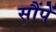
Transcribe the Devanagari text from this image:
सौंपें